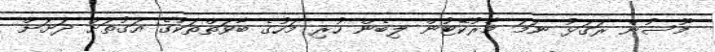
މޫސުން ރަގަޅު ނަމަ މާރުކޭޓުން ލިބެން ހުރި މަހުގެ ބާވަތްތަކުގެ އަގުތަށް ދަށަށް